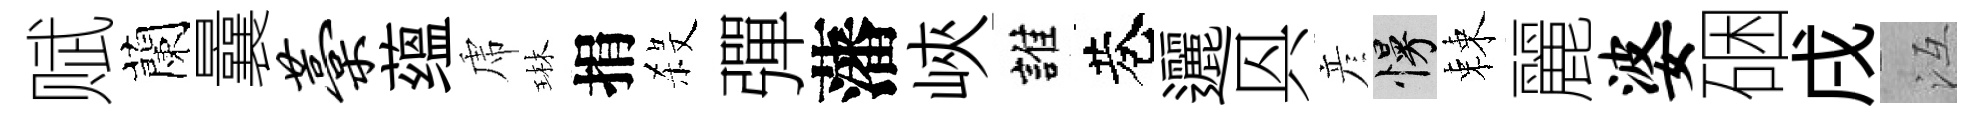
赋蘭曩藁蕴虎琳捐殺彈藩峽誰巷邐㒷彦慢棘麗婆硱戌冱